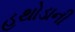
હથોડાની